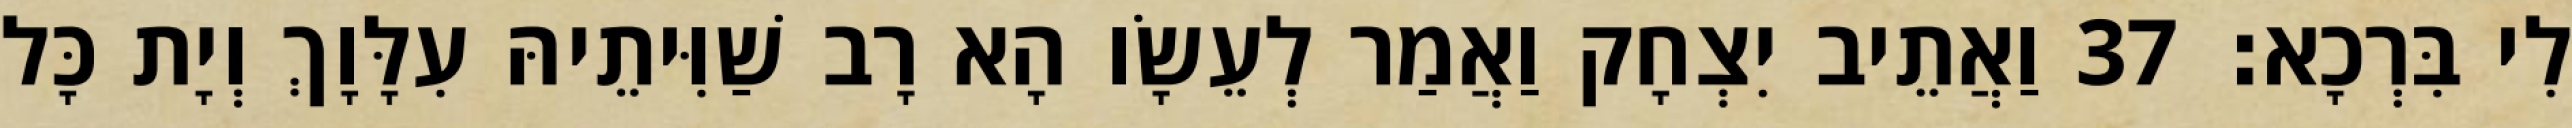
לִי בִּרְכָא׃ 37 וַאֲתֵיב יִצְחָק וַאֲמַר לְעֵשָׂו הָא רָב שַׁוִּיתֵיהּ עִלָּוָךְ וְיָת כָּל